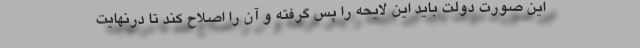
این صورت دولت باید این لایحه را پس گرفته و آن را اصلاح کند تا درنهایت